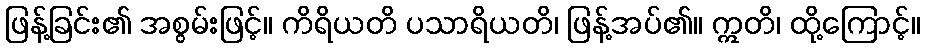
ဖြန့်ခြင်း၏ အစွမ်းဖြင့်။ ကိရိယတိ ပသာရိယတိ၊ ဖြန့်အပ်၏။ ဣတိ၊ ထို့ကြောင့်။